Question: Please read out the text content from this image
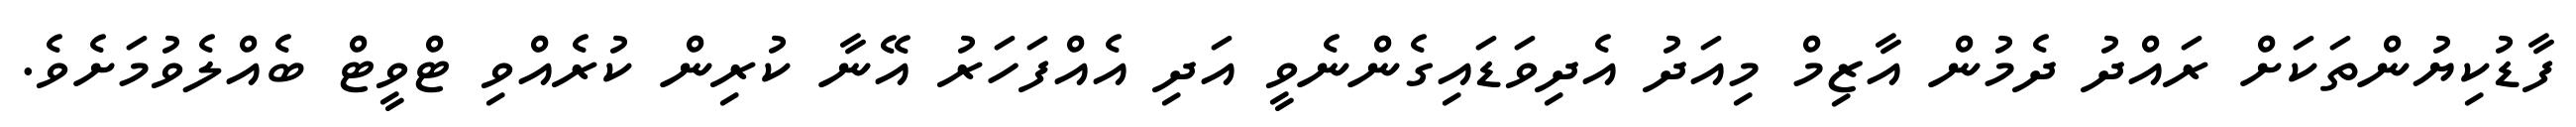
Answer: ފާޑުކިޔުންތަކަށް ރައްދު ދެމުން އާޒިމް މިއަދު އެދިވަޑައިގެންނެވީ އަދި އެއްފަހަރު އޭނާ ކުރިން ކުރެއްވި ޓްވީޓް ބެއްލެވުމަށެވެ.